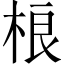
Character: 桹